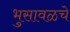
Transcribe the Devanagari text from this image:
भुसावळचे